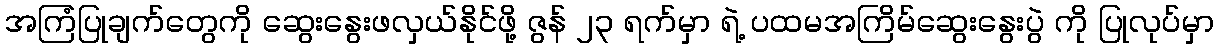
အကြံပြုချက်တွေကို ဆွေးနွေးဖလှယ်နိုင်ဖို့ ဇွန် ၂၃ ရက်မှာ ရဲ့ ပထမအကြိမ်ဆွေးနွေးပွဲ ကို ပြုလုပ်မှာ